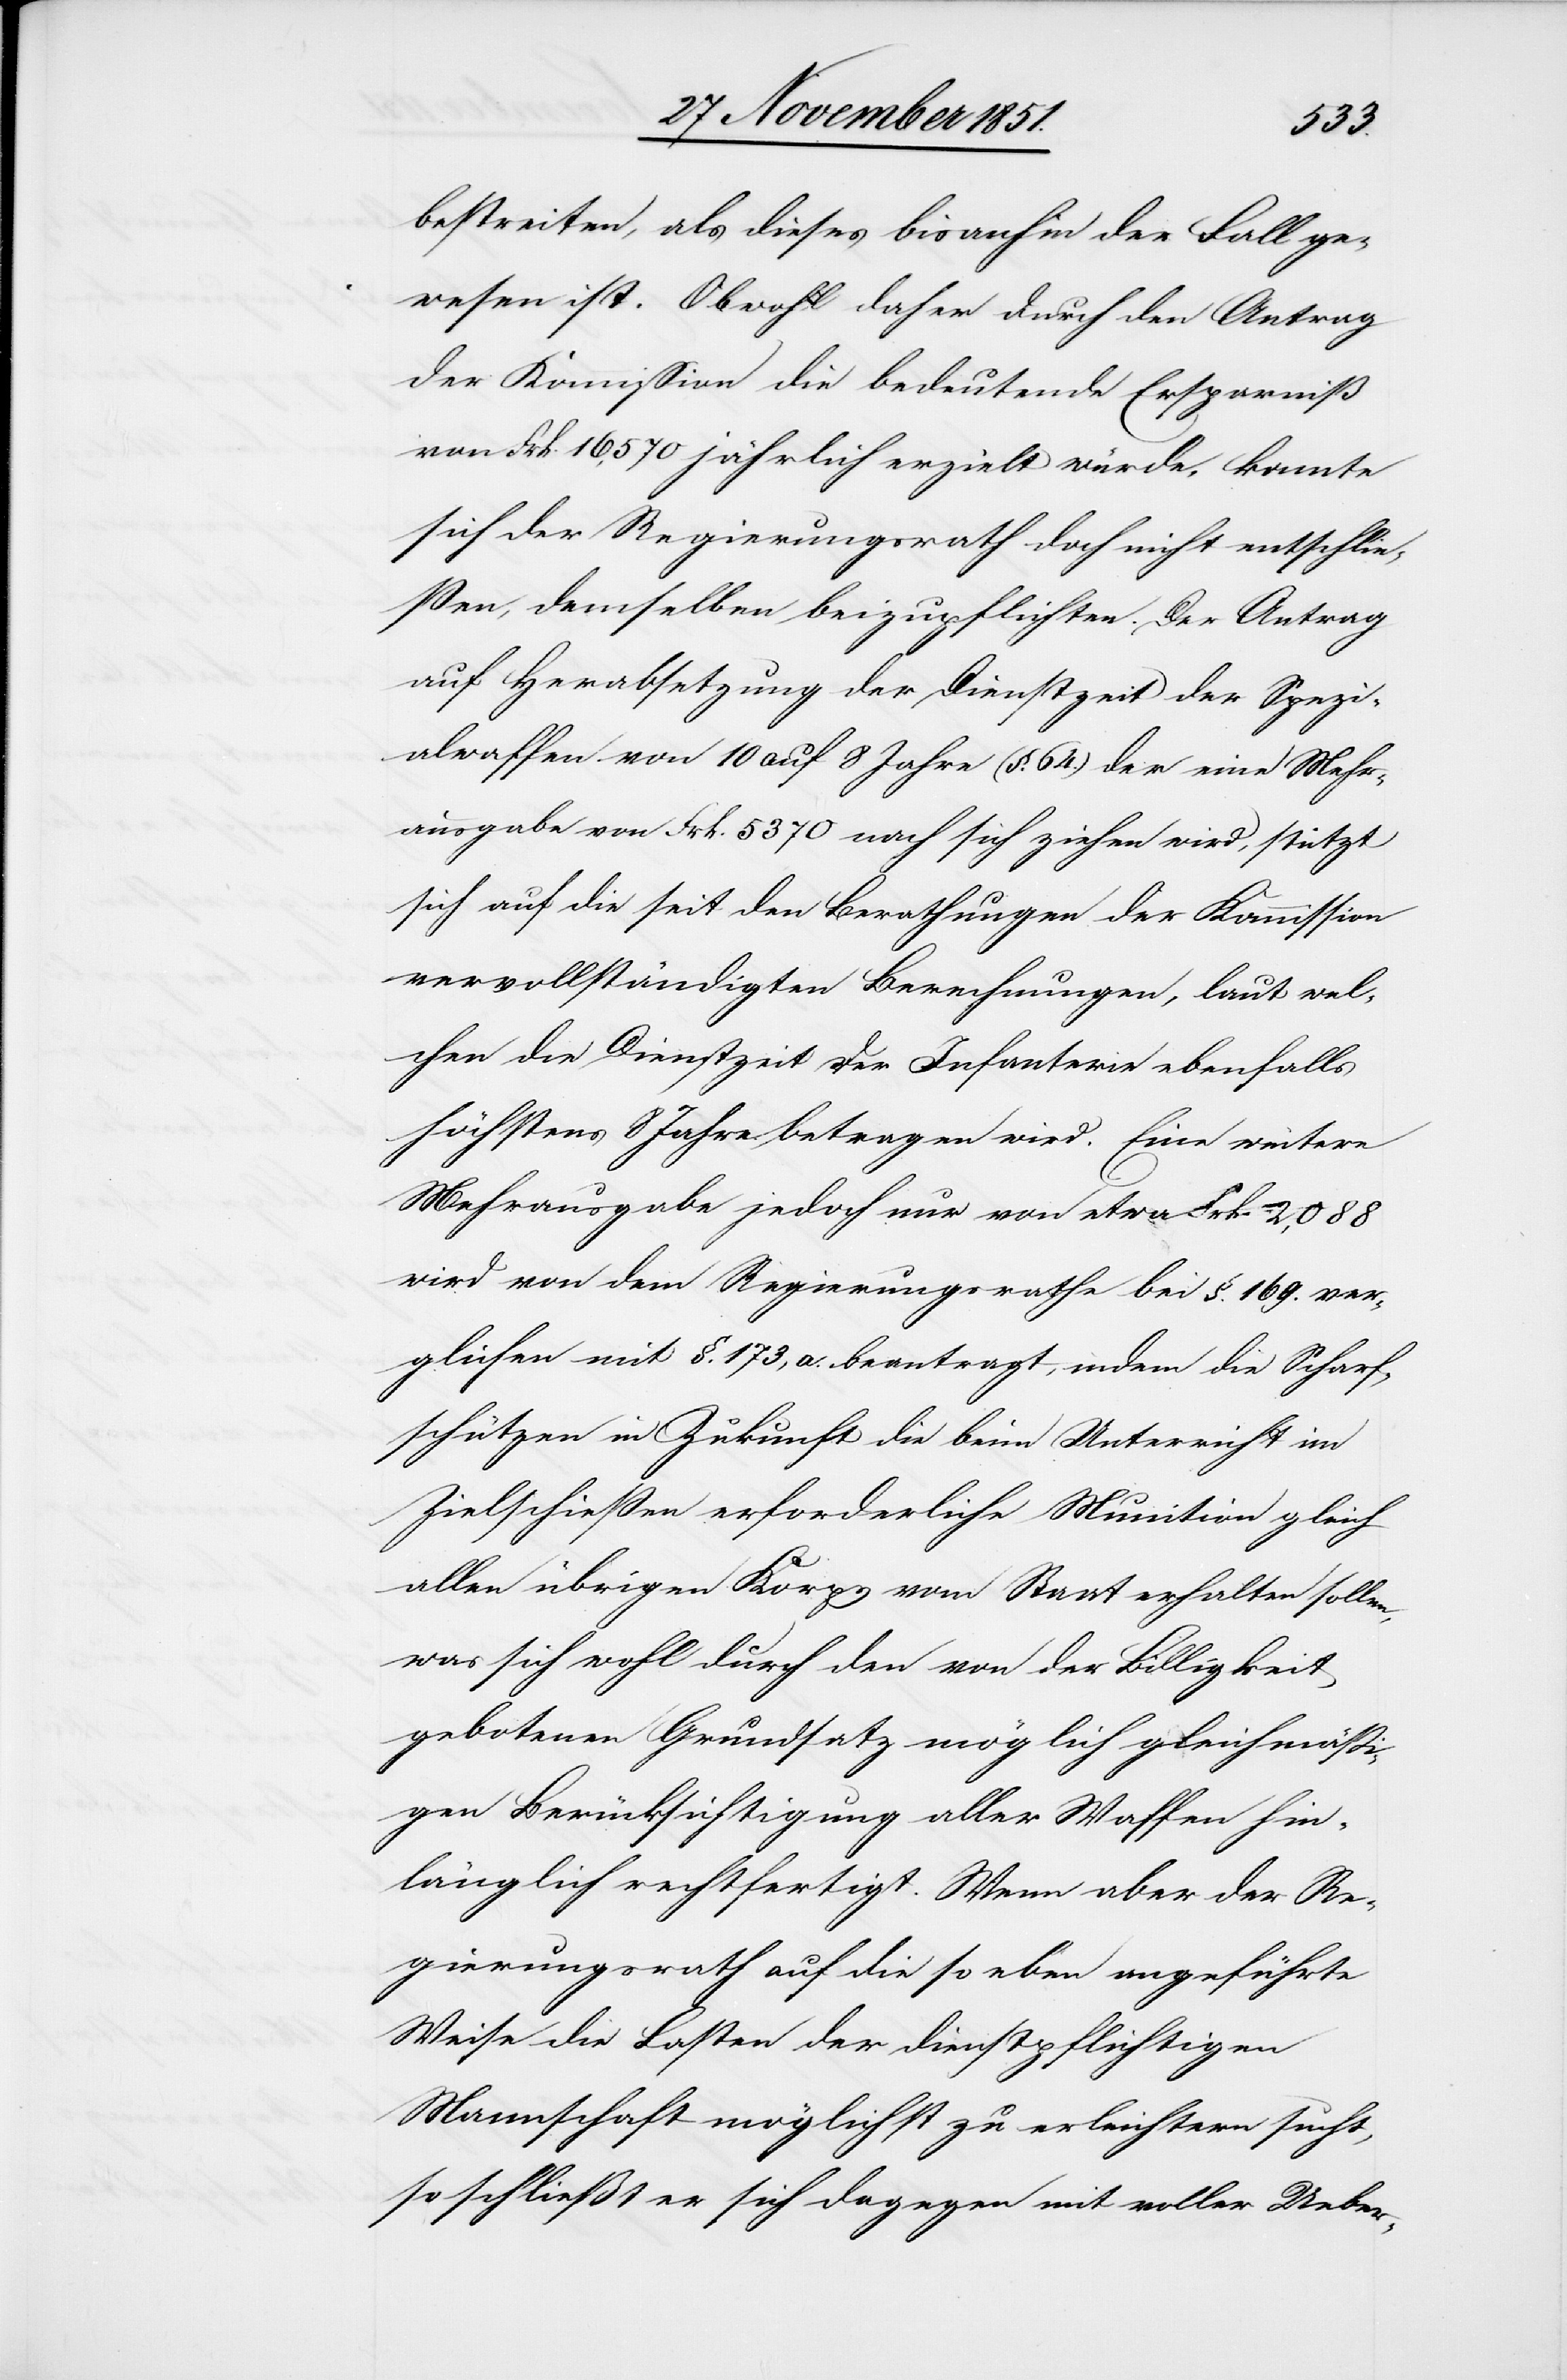
bestreiten, als dieses bisanhin der Fall ge¬
wesen ist. Obwohl daher durch den Antrag
der Kommission die bedeutende Ersparniß
von Frk. 16,570 jährlich erzielt würde, konnte
sich der Regierungsrath doch nicht entschlie¬
ßen, demselben beizupflichten. Der Antrag
auf Herabsetzung der Dienstzeit der Spezi¬
alwaffen von 10 auf 8 Jahre (§. 64.) der eine Mehr¬
ausgabe von Frk. 5370 nach sich ziehen wird, stützt
sich auf die seit den Berathungen der Kommission
vervollständigten Berechnungen, laut wel¬
chen die Dienstzeit der Infanterie ebenfalls
höchstens 8 Jahre betragen wird. Eine weitere
Mehrausgabe jedoch nur von etwa Frk. 2,088
wird von dem Regierungsrathe bei §. 169. ver¬
glichen mit §. 173, a. beantragt, indem die Scharf¬
schützen in Zukunft die beim Unterricht im
Zielschießen erforderliche Munition gleich
allen übrigen Korps vom Staat erhalten sollen,
was sich wohl durch den von der Billigkeit
gebotenen Grundsatz möglich[st] gleichmäßi¬
gen Berücksichtigung aller Waffen hin¬
länglich rechtfertigt. Wenn aber der Re¬
gierungsrath auf die so eben angeführte
Weise die Lasten der dienstpflichtigen
Mannschaft möglichst zu erleichtern sucht,
so schließt er sich dagegen mit voller Ueber-